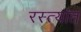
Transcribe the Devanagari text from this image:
रस्त्यांत